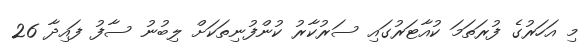
މި އަހަރުގެ ފުރަތަމަ ކުއާޓަރުގައި ސަރުކާރު ކުންފުނިތަކަށް ލިބުނު ސާފު ފައިދާ 26